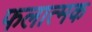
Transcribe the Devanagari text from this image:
फलात्मक